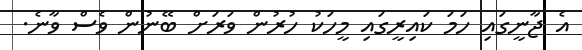
އެ ޖާނީގައި ހަމަ ކައިރީގައި މީހަކު ހުރުން ވަރަށް ބޭނުން ވެސް ވާނެ.